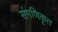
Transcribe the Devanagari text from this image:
संगणिकृत